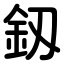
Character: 釼